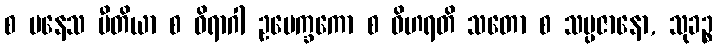
စ ပနေသ ပီတိယာ စ ဝိရာဂါ ဥပေက္ခကော စ ဝိဟရတိ သတော စ သမ္ပဇာနော, သုခဉ္စ